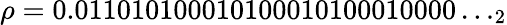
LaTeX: \rho=0.011010100010100010100010000\ldots_{2}